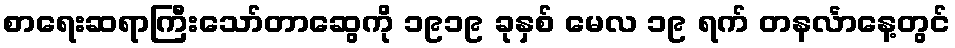
စာရေးဆရာကြီးသော်တာဆွေကို ၁၉၁၉ ခုနှစ် မေလ ၁၉ ရက် တနင်္လာနေ့တွင်